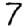
Digit: 7